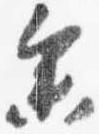
参